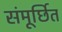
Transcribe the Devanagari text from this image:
संमूर्छित